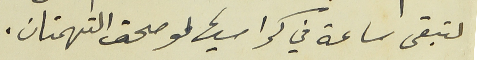
لتبقى ساعة في كراسيها لو صحت التهمتان.